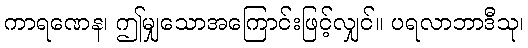
ကာရဏေန၊ ဤမျှသောအကြောင်းဖြင့်လျှင်။ ပရလာဘာဒီသု၊